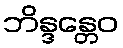
ဘိန္ဒန္တေဝ